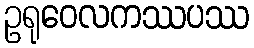
ဥရုဝေလကဿပဿ